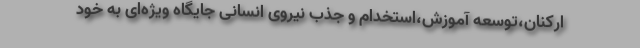
ارکنان،توسعه آموزش،استخدام و جذب نیروی انسانی جایگاه ویژه­ای به خود